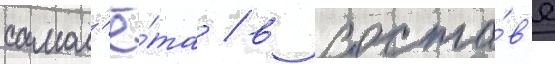
самол'ё́та / в соста́в'е